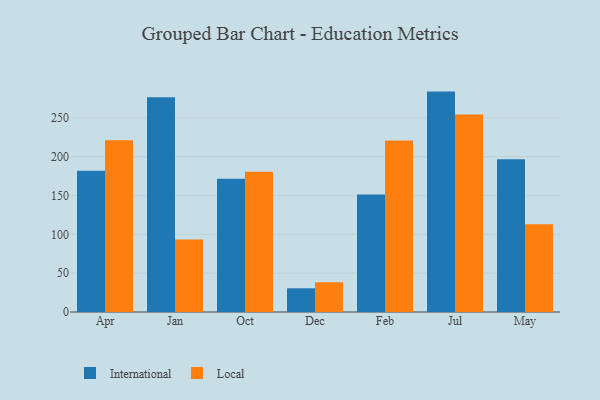
{"axis": {"x": "Month", "y": "Tickets Resolved"}, "legend": ["International", "Local"], "data": [{"x": "Apr", "y": 181.8, "type": "International"}, {"x": "Apr", "y": 221.2, "type": "Local"}, {"x": "Jan", "y": 276.6, "type": "International"}, {"x": "Jan", "y": 93.5, "type": "Local"}, {"x": "Oct", "y": 171.6, "type": "International"}, {"x": "Oct", "y": 180.6, "type": "Local"}, {"x": "Dec", "y": 30.5, "type": "International"}, {"x": "Dec", "y": 38.3, "type": "Local"}, {"x": "Feb", "y": 151.3, "type": "International"}, {"x": "Feb", "y": 220.9, "type": "Local"}, {"x": "Jul", "y": 283.9, "type": "International"}, {"x": "Jul", "y": 254.4, "type": "Local"}, {"x": "May", "y": 196.7, "type": "International"}, {"x": "May", "y": 113.0, "type": "Local"}]}